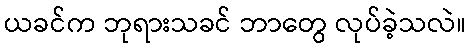
ယခင်က ဘုရားသခင် ဘာတွေ လုပ်ခဲ့သလဲ။